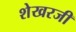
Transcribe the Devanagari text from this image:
शेखरजी